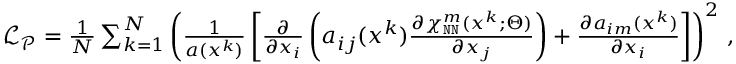
\begin{array} { r } { \mathcal { L } _ { \mathcal { P } } = \frac { 1 } { N } \sum _ { k = 1 } ^ { N } \left( \frac { 1 } { a ( \boldsymbol x ^ { k } ) } \left[ \frac { \partial } { \partial x _ { i } } \left( a _ { i j } ( \boldsymbol x ^ { k } ) \frac { \partial \chi _ { \mathtt { N N } } ^ { m } ( \boldsymbol x ^ { k } ; \boldsymbol \Theta ) } { \partial x _ { j } } \right) + \frac { \partial a _ { i m } ( \boldsymbol x ^ { k } ) } { \partial x _ { i } } \right] \right) ^ { 2 } \, , } \end{array}